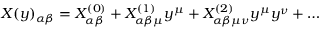
X ( y ) _ { \alpha \beta } = X _ { \alpha \beta } ^ { ( 0 ) } + X _ { \alpha \beta \mu } ^ { ( 1 ) } y ^ { \mu } + X _ { \alpha \beta \mu \nu } ^ { ( 2 ) } y ^ { \mu } y ^ { \nu } + \dots